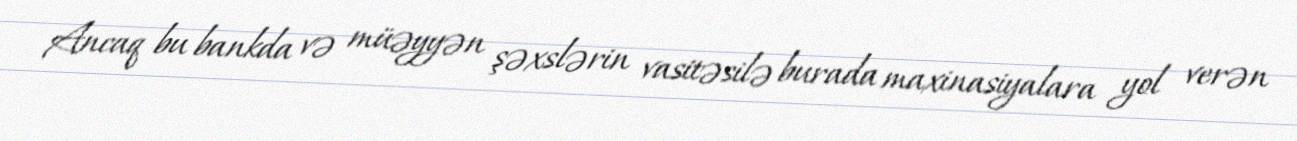
Ancaq bu bankda və müəyyən şəxslərin vasitəsilə burada maxinasiyalara yol verən